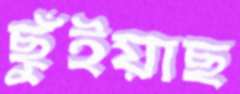
ছুঁইয়াছ